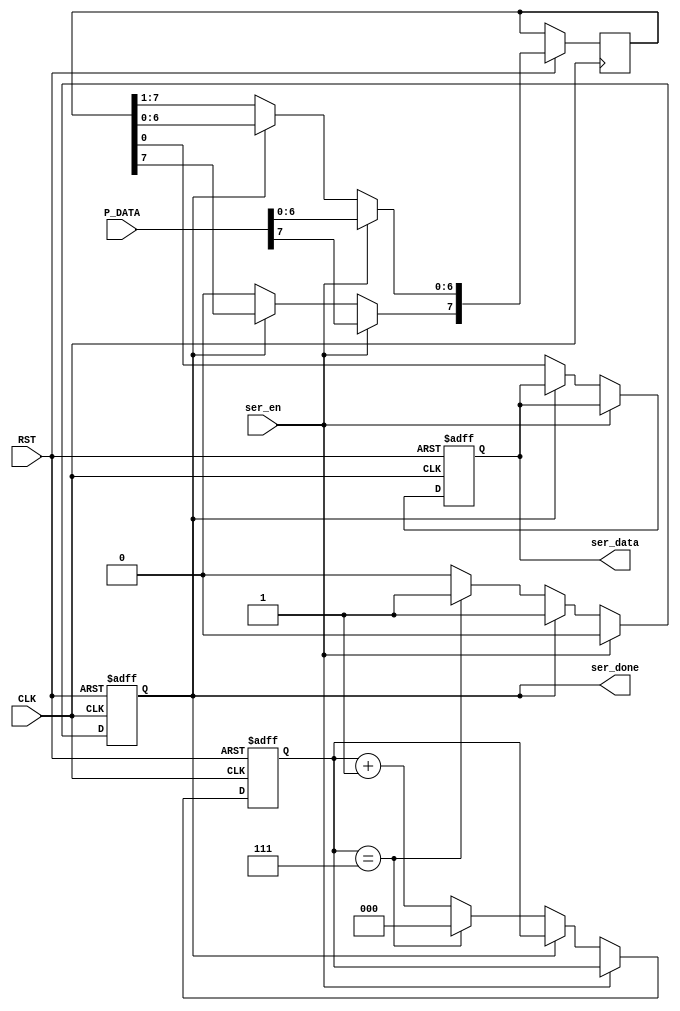

module serializer #(
	parameter DATA_WIDTH = 8  // default value 
	) 

	(
	input		wire							CLK,
	input		wire							RST,
	input		wire	[DATA_WIDTH-1:0]		P_DATA,
	input		wire							ser_en,
	output		reg								ser_done,
	output		reg								ser_data
	);


reg 	[DATA_WIDTH-1:0]	 Shift_Register;
reg 	[2:0]				 Counter;		// we made it 3 bits as max data transfer allowed in uart {5, 6, 7, 8 bits}


// Sequential always
always@(posedge CLK,negedge RST)	begin
	if(!RST)	begin
		ser_data	<=	'b0;
		ser_done	<=	'b1;
		Counter     <=  'b0;
	end
	else begin

		// storing input data
		if(ser_en)	begin             
			Shift_Register	<=	P_DATA;
			ser_done		<=	'b0;	
		end

		// outputing data bit by bit , LSB First
		else if (! ser_done ) begin      

			{Shift_Register[DATA_WIDTH-2:0],ser_data}	<=	Shift_Register;
			Shift_Register[DATA_WIDTH-1]	<=	'b0;

			// Counter Logic
			if(Counter == DATA_WIDTH-1)	 begin
				Counter		<=	'b0;
				ser_done	<=	'b1;
			end
			else begin
				Counter		<=	Counter	+	'b1;
				ser_done	<=	'b0;
			end

		end
		
	end


end

endmodule